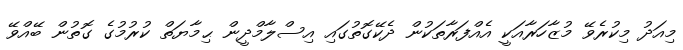
މިއަދު މިކުރެވޭ މުޒާހަރާއަކީ އެއްފަރާތަކުން ދެކޭގޮތުގައި އިސްލާމްދީން ޙިމާޔަތް ކުރުމުގެ ގޮތުން ބޭއްވޭ